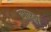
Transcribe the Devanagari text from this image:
सारङ्गा